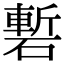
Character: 磛